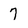
Character: 7